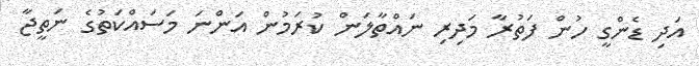
އަދި ޑެންގީ ހުން ފަތުރާ މަދިރި ނައްތާލަން ކުރަމުން އަންނަ މަސައްކަތުގެ ނަތީޖާ